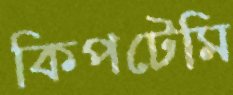
কিপটেমি